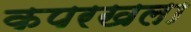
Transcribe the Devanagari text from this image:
कपरखला